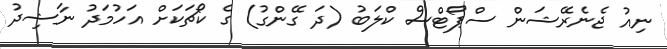
ނިއު ޖެނެރޭޝަން ސްޕޯޓްސް ކްލަބު (ދަ ގޭންގު) ގެ ކޯޗަކަށް އަހުމަދު ނާޝިދު